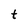
Character: t